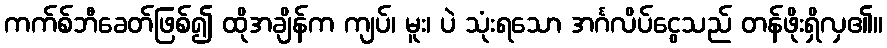
ကက်စ်ဘီခေတ်ဖြစ်၍ ထိုအချိန်က ကျပ်၊ မူး၊ ပဲ သုံးရသော အင်္ဂလိပ်ငွေသည် တန်ဖိုးရှိလှ၏။